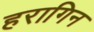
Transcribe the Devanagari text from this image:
हरागिन